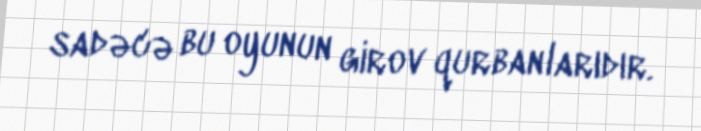
sadəcə bu oyunun girov qurbanlarıdır.